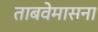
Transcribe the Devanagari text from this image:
ताबवेमासना